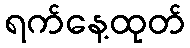
ရက်နေ့ထုတ်